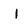
Character: I